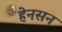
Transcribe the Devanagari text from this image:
हेनसन